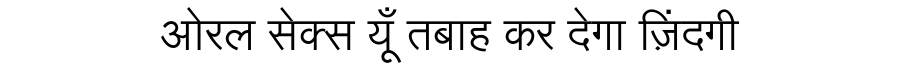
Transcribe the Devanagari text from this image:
ओरल सेक्स यूँ तबाह कर देगा ज़िंदगी